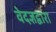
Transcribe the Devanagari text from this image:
वेदज्ञद्वारा